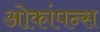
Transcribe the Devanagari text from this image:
ओकांपन्स